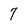
Character: 7